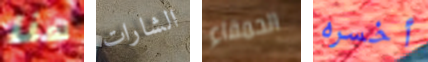
هنا الشارات الحمقاء أخسره